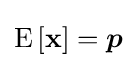
\operatorname {E} \left[\mathbf {x} \right]={\boldsymbol {p}}